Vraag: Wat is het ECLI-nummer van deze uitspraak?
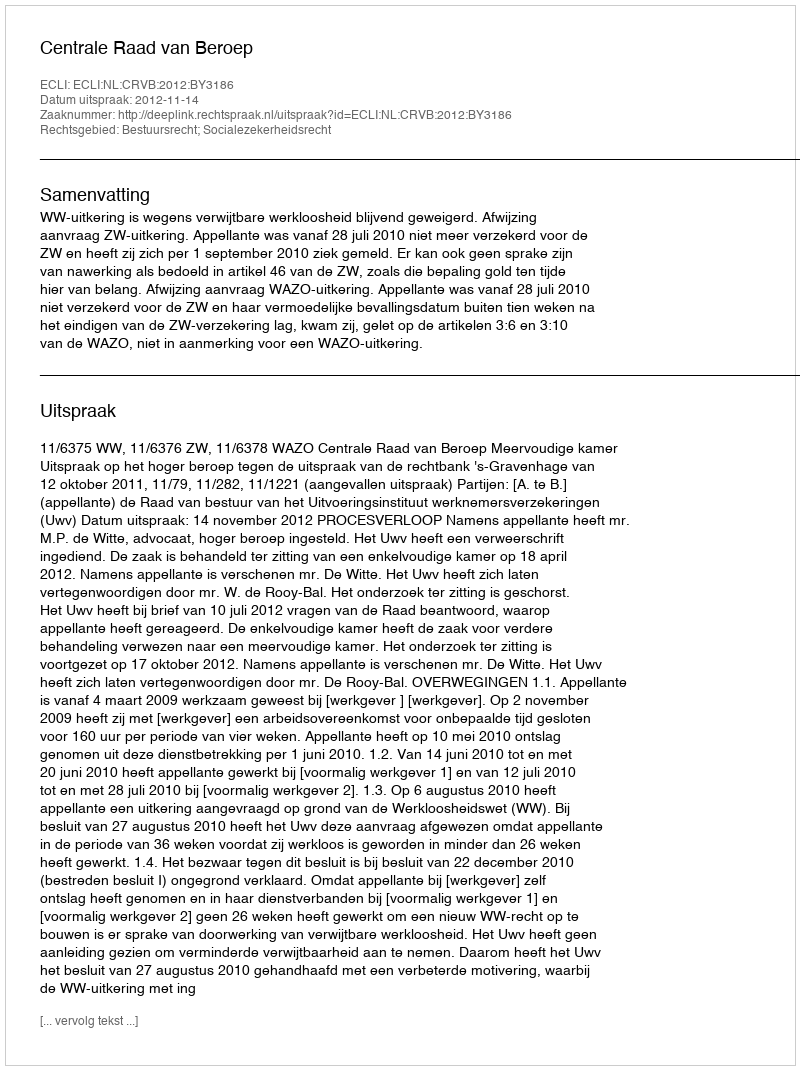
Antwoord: ECLI:NL:CRVB:2012:BY3186